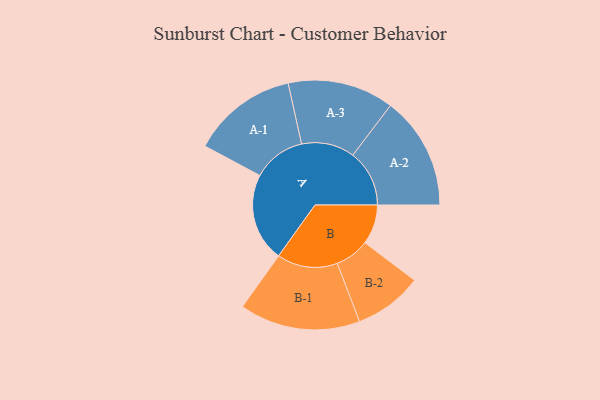
{"axis": {"x": "Segment", "y": "Value"}, "legend": ["", "A", "B"], "data": [{"x": "A", "y": 361, "type": ""}, {"x": "B", "y": 162, "type": ""}, {"x": "A-1", "y": 216, "type": "A"}, {"x": "A-2", "y": 231, "type": "A"}, {"x": "A-3", "y": 217, "type": "A"}, {"x": "B-1", "y": 247, "type": "B"}, {"x": "B-2", "y": 140, "type": "B"}]}